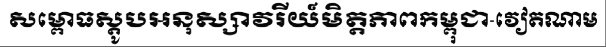
សម្ពោធស្តូបអនុស្សាវរីយ៍មិត្តភាពកម្ពុជា-វៀតណាម